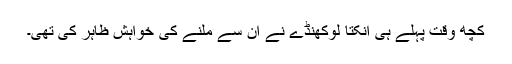
کچھ وقت پہلے ہی انکتا لوکھنڈے نے ان سے ملنے کی خواہش ظاہر کی تھی۔